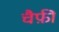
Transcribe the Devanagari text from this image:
चैफ़ी